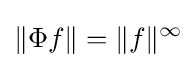
\|\Phi f\|=\|f\|^{\infty }